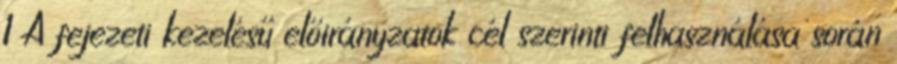
1 A fejezeti kezelésű előirányzatok cél szerinti felhasználása során